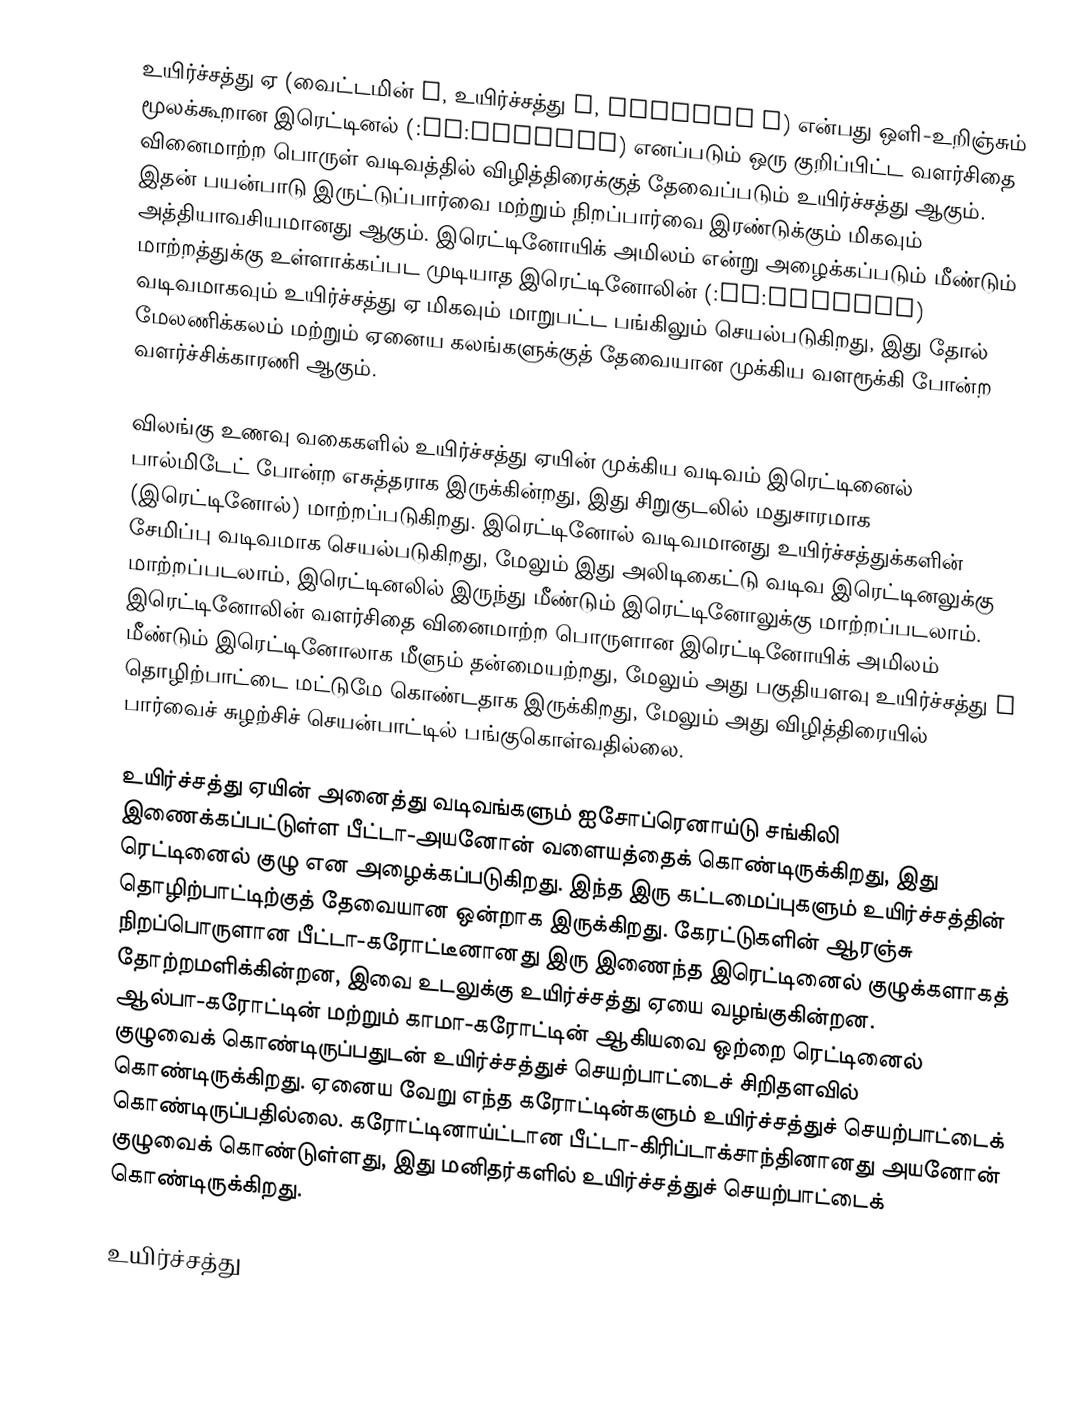
உயிர்ச்சத்து ஏ (வைட்டமின் A, உயிர்ச்சத்து A, vitamin A) என்பது ஒளி-உறிஞ்சும் மூலக்கூறான இரெட்டினல் (:en:retinal) எனப்படும் ஒரு குறிப்பிட்ட வளர்சிதை வினைமாற்ற பொருள் வடிவத்தில்  விழித்திரைக்குத் தேவைப்படும் உயிர்ச்சத்து ஆகும். இதன் பயன்பாடு இருட்டுப்பார்வை மற்றும் நிறப்பார்வை இரண்டுக்கும் மிகவும் அத்தியாவசியமானது ஆகும்.  இரெட்டினோயிக் அமிலம்  என்று அழைக்கப்படும் மீண்டும் மாற்றத்துக்கு உள்ளாக்கப்பட முடியாத இரெட்டினோலின் (:en:retinol) வடிவமாகவும்  உயிர்ச்சத்து ஏ மிகவும் மாறுபட்ட பங்கிலும் செயல்படுகிறது, இது தோல் மேலணிக்கலம் மற்றும் ஏனைய கலங்களுக்குத் தேவையான முக்கிய வளரூக்கி போன்ற வளர்ச்சிக்காரணி ஆகும்.

விலங்கு உணவு வகைகளில் உயிர்ச்சத்து ஏயின் முக்கிய வடிவம் இரெட்டினைல் பால்மிடேட் போன்ற எசுத்தராக இருக்கின்றது, இது சிறுகுடலில் மதுசாரமாக (இரெட்டினோல்) மாற்றப்படுகிறது. இரெட்டினோல் வடிவமானது உயிர்ச்சத்துக்களின் சேமிப்பு வடிவமாக செயல்படுகிறது, மேலும் இது அலிடிகைட்டு வடிவ இரெட்டினலுக்கு மாற்றப்படலாம், இரெட்டினலில் இருந்து மீண்டும் இரெட்டினோலுக்கு மாற்றப்படலாம். இரெட்டினோலின் வளர்சிதை வினைமாற்ற பொருளான இரெட்டினோயிக் அமிலம் மீண்டும் இரெட்டினோலாக மீளும் தன்மையற்றது, மேலும் அது பகுதியளவு உயிர்ச்சத்து A தொழிற்பாட்டை மட்டுமே கொண்டதாக இருக்கிறது, மேலும் அது விழித்திரையில் பார்வைச் சுழற்சிச் செயன்பாட்டில் பங்குகொள்வதில்லை.

உயிர்ச்சத்து ஏயின் அனைத்து வடிவங்களும் ஐசோப்ரெனாய்டு சங்கிலி இணைக்கப்பட்டுள்ள பீட்டா-அயனோன் வளையத்தைக் கொண்டிருக்கிறது, இது ரெட்டினைல் குழு என அழைக்கப்படுகிறது. இந்த இரு கட்டமைப்புகளும் உயிர்ச்சத்தின் தொழிற்பாட்டிற்குத் தேவையான ஒன்றாக இருக்கிறது. கேரட்டுகளின் ஆரஞ்சு நிறப்பொருளான பீட்டா-கரோட்டீனானது இரு இணைந்த இரெட்டினைல் குழுக்களாகத் தோற்றமளிக்கின்றன, இவை உடலுக்கு உயிர்ச்சத்து ஏயை வழங்குகின்றன. ஆல்பா-கரோட்டின் மற்றும் காமா-கரோட்டின் ஆகியவை ஒற்றை ரெட்டினைல் குழுவைக் கொண்டிருப்பதுடன் உயிர்ச்சத்துச் செயற்பாட்டைச் சிறிதளவில் கொண்டிருக்கிறது. ஏனைய வேறு எந்த கரோட்டின்களும் உயிர்ச்சத்துச் செயற்பாட்டைக் கொண்டிருப்பதில்லை. கரோட்டினாய்ட்டான பீட்டா-கிரிப்டாக்சாந்தினானது அயனோன் குழுவைக் கொண்டுள்ளது, இது மனிதர்களில் உயிர்ச்சத்துச் செயற்பாட்டைக் கொண்டிருக்கிறது.

உயிர்ச்சத்து